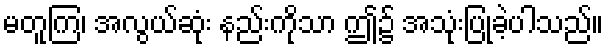
မတူကြ၊ အလွယ်ဆုံး နည်းကိုသာ ဤ၌ အသုံးပြုခဲ့ပါသည်။